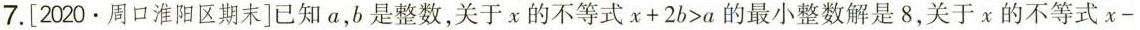
7. [2020 · 周口淮阳区期末]已知 a，b 是整数，关于 x 的不等式 $$x + 2 b > a$$ 的最小整数解是 8，关于 x 的不等式 $$x -